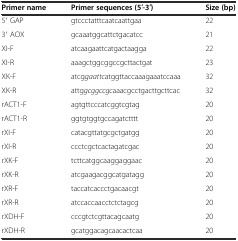
<table><thead><tr><td><b>Primer name</b></td><td><b>Primer sequences (5′-3′)</b></td><td><b>Size (bp)</b></td></tr></thead><tbody><tr><td>5′ GAP</td><td>gtccctatttcaatcaattgaa</td><td>22</td></tr><tr><td>3′ AOX</td><td>gcaaatggcattctgacatcc</td><td>21</td></tr><tr><td>XI-F</td><td>atcaagaattcatgactaagga</td><td>22</td></tr><tr><td>XI-R</td><td>aaagctggcggccgcttactgat</td><td>23</td></tr><tr><td>XK-F</td><td>atcg<i>gaattc</i>atggttaccaaagaaatccaaa</td><td>32</td></tr><tr><td>XK-R</td><td>attg<i>gcggccgc</i>aaacgcctgacttgcttcac</td><td>32</td></tr><tr><td>rACT1-F</td><td>agtgttcccatcggtcgtag</td><td>20</td></tr><tr><td>rACT1-R</td><td>ggtgtggtgccagatctttt</td><td>20</td></tr><tr><td>rXI-F</td><td>catacgttatgcgctgatgg</td><td>20</td></tr><tr><td>rXI-R</td><td>ccctcgctcactagatcgac</td><td>20</td></tr><tr><td>rXK-F</td><td>tcttcatggcaaggaggaac</td><td>20</td></tr><tr><td>rXK-R</td><td>atcgaagacggcatgatagg</td><td>20</td></tr><tr><td>rXR-F</td><td>taccatcaccctgacaacgt</td><td>20</td></tr><tr><td>rXR-R</td><td>atccaccaacctctctagcg</td><td>20</td></tr><tr><td>rXDH-F</td><td>cccgtctcgttacagcaatg</td><td>20</td></tr><tr><td>rXDH-R</td><td>gcatggacagcaacactcaa</td><td>20</td></tr></tbody></table>